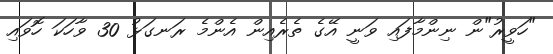
"ހަވީރު"ން ނިންމާފައި ވަނީ އޭގެ ތެރެއިން އެންމެ ރަނގަޅު 30 ވާހަކަ ހޮވައި